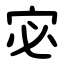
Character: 宓